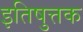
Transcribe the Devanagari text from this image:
इतिषुत्तक